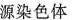
源染色体